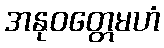
အနုဝတ္တေမဟံ